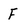
Character: F